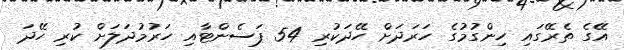
އޭގެ ތެރޭގައި ހިންގުމުގެ ހަރަދަށް ހޭދަކުރި 54 ޕަސެންޓާއި ހަރުމުދަލަށް ކުރި ހޭދަ